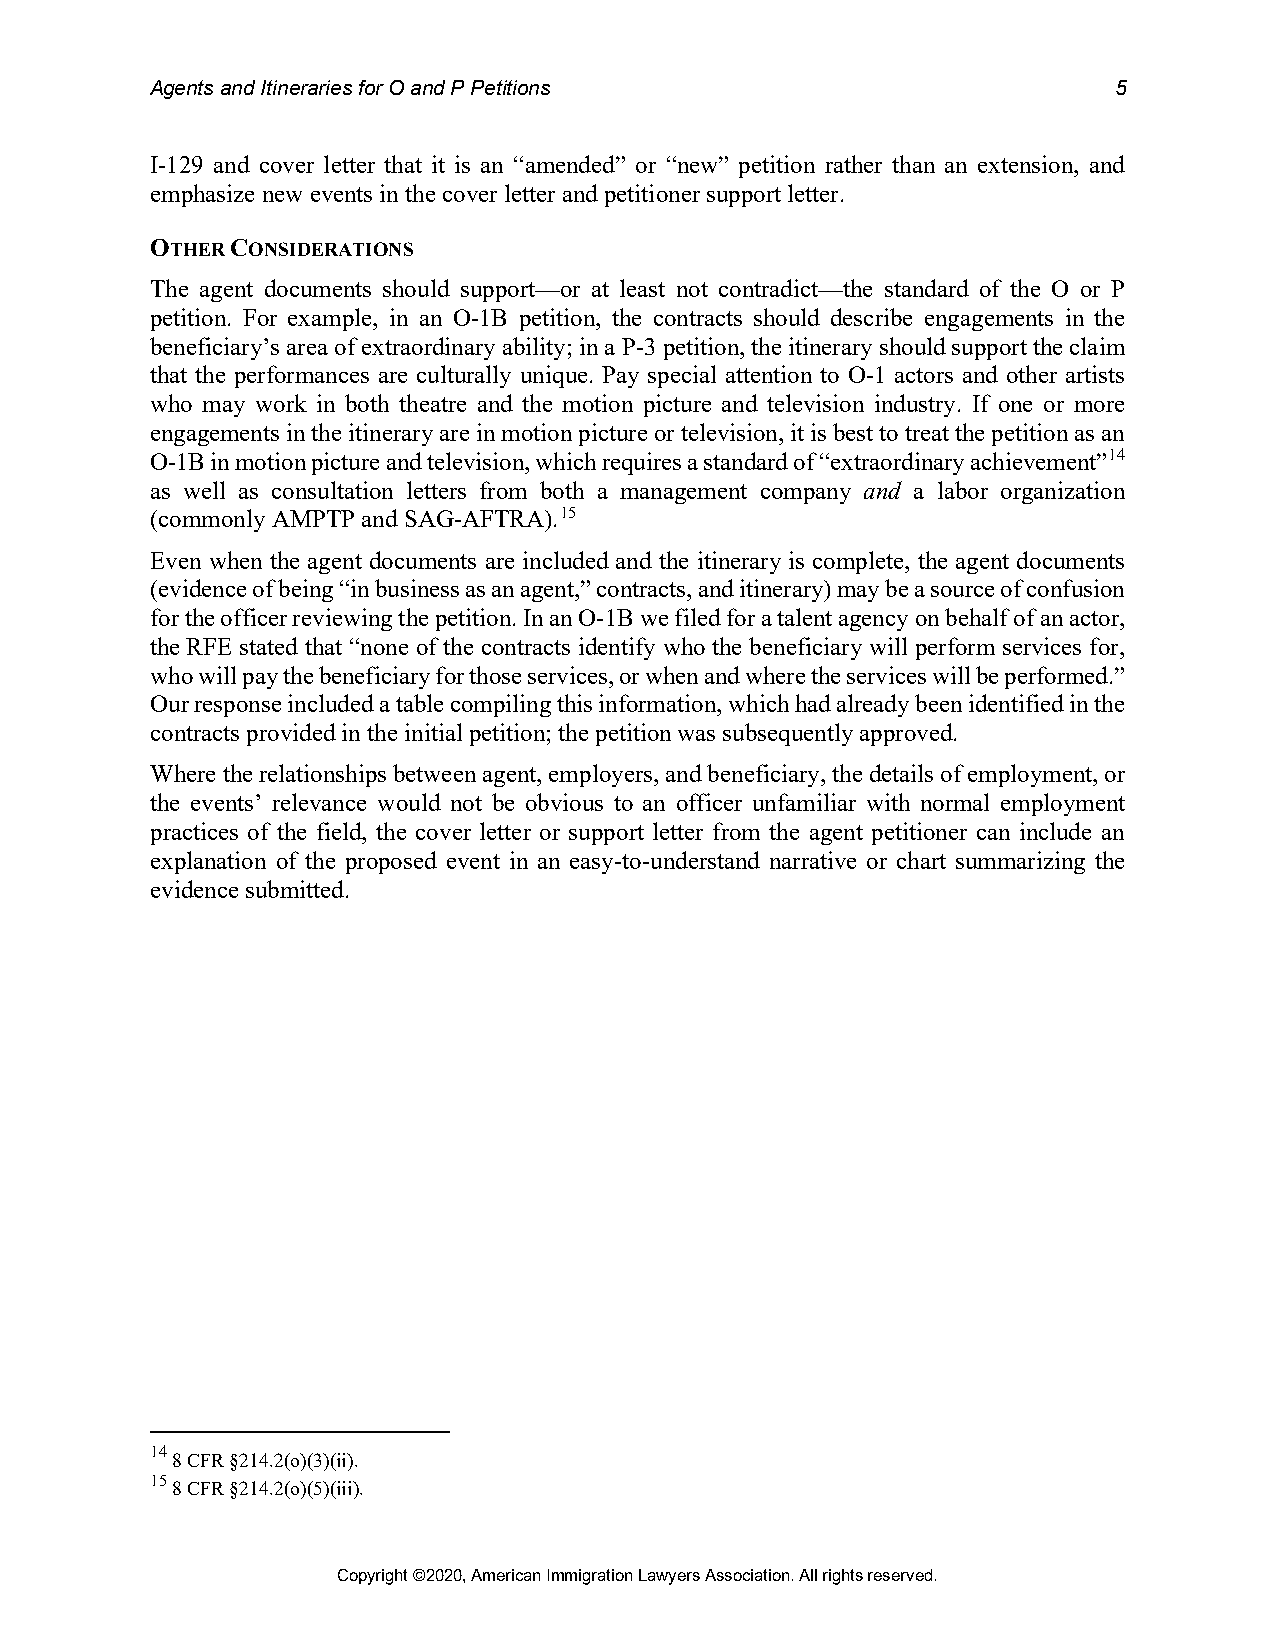
Agents and Itineraries for O and P Petitions                    5
 I-129 and cover letter that it is an “amended” or “new” petition rather than an extension, and
 emphasize new events in the cover letter and petitioner support letter.
 OTHER CONSIDERATIONS
 The agent documents should support—or at least not contradict—the standard of the O or P
 petition. For example, in an O-1B petition, the contracts should describe engagements in the
 beneficiary’s area of extraordinary ability; in a P-3 petition, the itinerary should support the claim
 that the performances are culturally unique. Pay special attention to O-1 actors and other artists
 who may work in both theatre and the motion picture and television industry. If one or more
 engagements in the itinerary are in motion picture or television, it is best to treat the petition as an
 O-1B in motion picture and television, which requires a standard of “extraordinary achievement”14
 as well as consultation letters from both a management company and a labor organization
 (commonly AMPTP and SAG-AFTRA).15
 Even when the agent documents are included and the itinerary is complete, the agent documents
 (evidence of being “in business as an agent,” contracts, and itinerary) may be a source of confusion
 for the officer reviewing the petition. In an O-1B we filed for a talent agency on behalf of an actor,
 the RFE stated that “none of the contracts identify who the beneficiary will perform services for,
 who will pay the beneficiary for those services, or when and where the services will be performed.”
 Our response included a table compiling this information, which had already been identified in the
 contracts provided in the initial petition; the petition was subsequently approved.
 Where the relationships between agent, employers, and beneficiary, the details of employment, or
 the events’ relevance would not be obvious to an officer unfamiliar with normal employment
 practices of the field, the cover letter or support letter from the agent petitioner can include an
 explanation of the proposed event in an easy-to-understand narrative or chart summarizing the
 evidence submitted.
 14
 8 CFR §214.2(o)(3)(ii).
 15
 8 CFR §214.2(o)(5)(iii).
 Copyright ©2020, American Immigration Lawyers Association. All rights reserved.